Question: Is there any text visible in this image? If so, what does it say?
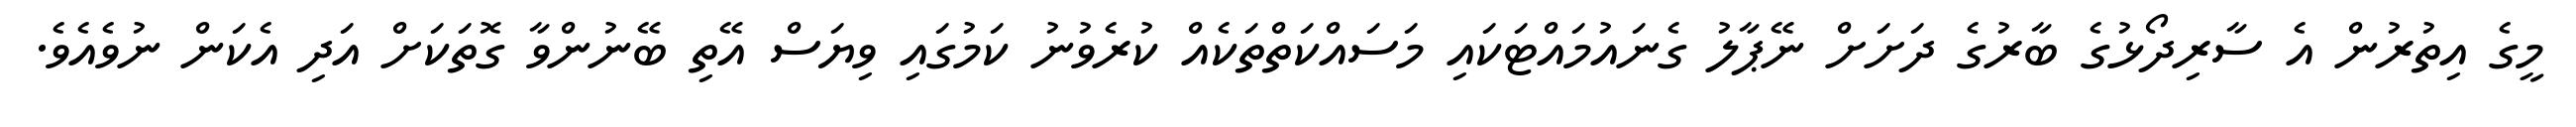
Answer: މީގެ އިތުރުން އެ ސާރިދޯޅުގެ ބާރުގެ ދަށަށް ނޭޕާލު ގެނައުމައްޓަކައި މަސައްކަތްތަކެއް ކުރެވުނު ކަމުގައި ވިޔަސް އޭތި ބޭނުންވާ ގޮތަކަށް އަދި އެކަން ނުވެއެވެ.